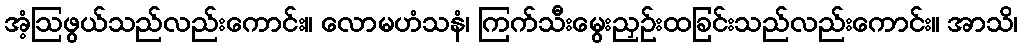
အံ့ဩဖွယ်သည်လည်းကောင်း။ လောမဟံသနံ၊ ကြက်သီးမွေးညှဉ်းထခြင်းသည်လည်းကောင်း။ အာသိ၊